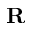
\textbf { R }